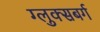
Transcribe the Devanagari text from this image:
ग्लुक्सबर्ग